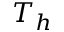
T _ { h }